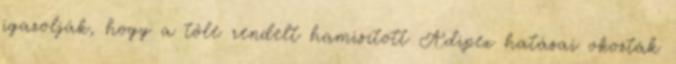
igazolják, hogy a tőle rendelt hamisított Adipex hatásai okozták